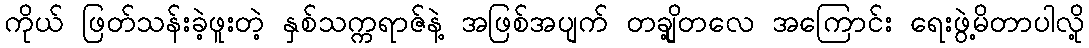
ကိုယ် ဖြတ်သန်းခဲ့ဖူးတဲ့ နှစ်သက္ကရာဇ်နဲ့ အဖြစ်အပျက် တချို့တလေ အကြောင်း ရေးဖွဲ့မိတာပါလို့